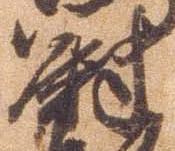
尉